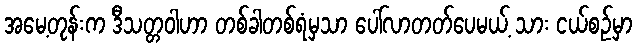
အမေ့တုန်းက ဒီသတ္တဝါဟာ တစ်ခါတစ်ရံမှသာ ပေါ်လာတတ်ပေမယ့် သား ငယ်စဉ်မှာ